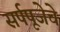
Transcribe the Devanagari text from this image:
सर्पपूजेचे